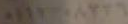
٠١١٧٣٠٨٣٣٦